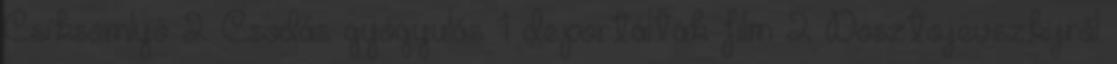
Csíksomlyó 2 Csodás gyógyulás 1 deportáltak film 2 Dosztojevszkijről